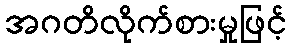
အဂတိလိုက်စားမှုဖြင့်